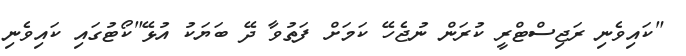
"ކައިވެނި ރަޖިސްޓްރީ ކުރަން ނުޖެހޭ ކަމަށް ފަތުވާ ދޭ ބަޔަކު އުޅޭ"ކޯޓުގައި ކައިވެނި